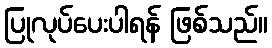
ပြုလုပ်ပေးပါရန် ဖြစ်သည်။